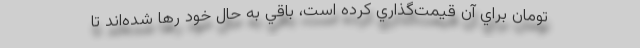
تومان براي آن قيمت‌گذاري كرده است، باقي به حال خود رها شده‌اند تا